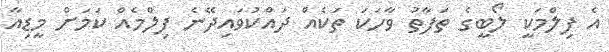
އެ ފިލްމަކީ ލޯބީގެ ތަފާތު ވާހަކަ ތަކެއް ދައްކުވައިދޭނެ ފިލްމެއް ކަމަށް މީޑިއާ